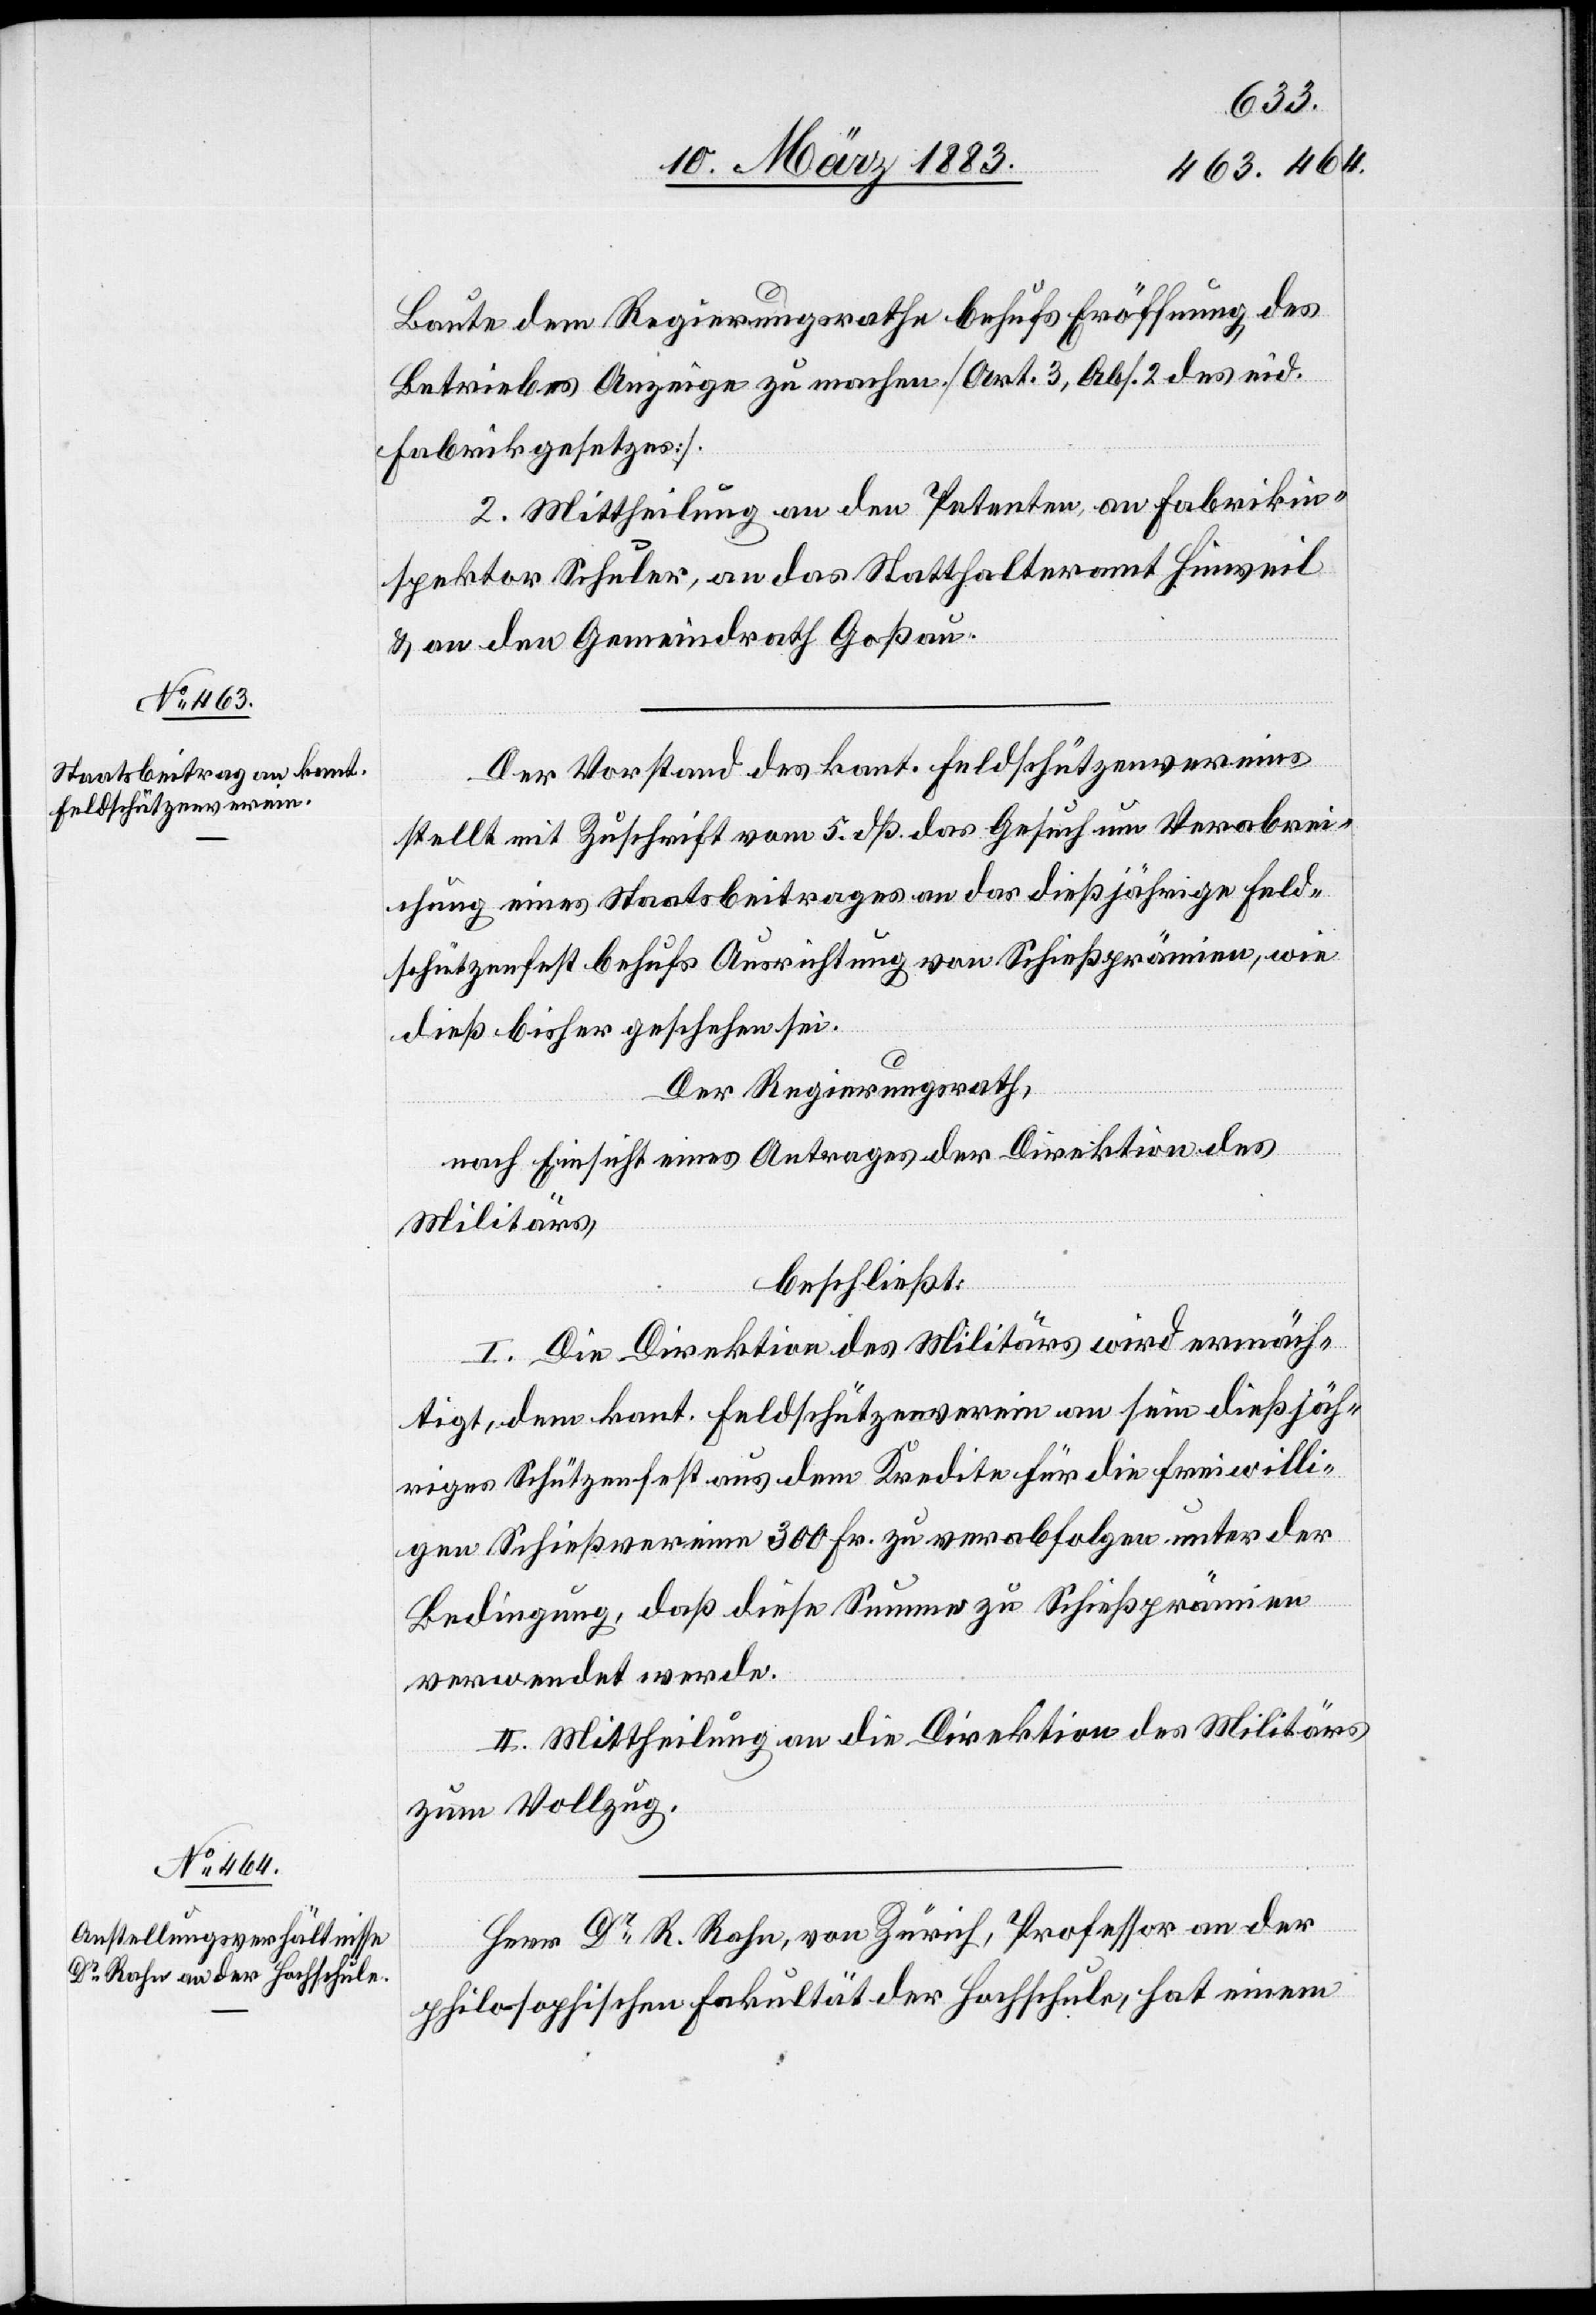
&
Der Regierungsrath,
nach Einsicht eines Antrages der Direktion des
beschließt:
Anordnung
des